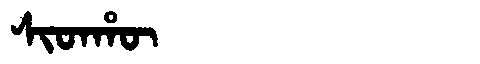
Manchu: ᠰᡳᡨᡥᡡ
Romanization: SITHŪ